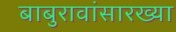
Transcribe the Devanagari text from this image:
बाबुरावांसारख्या